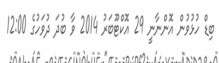
ބިޑް ހުޅުވުން އޮންނާނީ 29 އޮކްޓޫބަރު 2014 ވާ ބުދަ ދުވަހުގެ 12:00